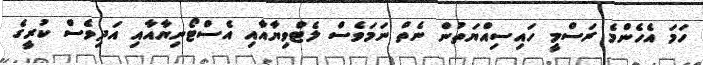
ހަމަ އެހެންމެ ރަސްމީ ހައިސިއްޔަތުން ނެތް ނަމަވެސް ލެޓްވިޔާއާއި އެސްޓޯނިޔާއާއި އަދިވެސް ކުރީގެ